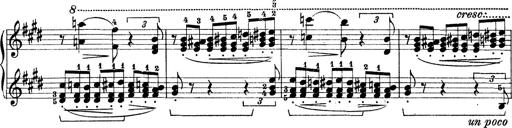
Title: Rapsodie: 19 ungheresi, 1 spagnuola
Composer: Franz Liszt